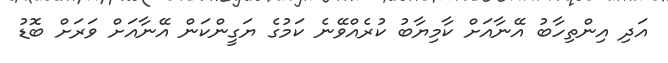
އަދި އިންތިހާބު އޭނާއަށް ކާމިޔާބު ކުރެއްވޭނެ ކަމުގެ ޔަގީންކަން އޭނާއަށް ވަރަށް ބޮޑު